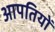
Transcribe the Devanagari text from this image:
आपतियों